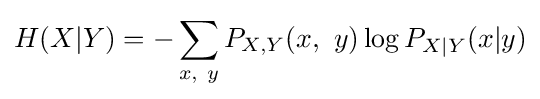
H(X|Y)=-\sum _{x,~y}P_{X,Y}(x,~y)\log P_{X|Y}(x|y)